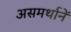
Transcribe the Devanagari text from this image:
असमर्थानें